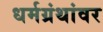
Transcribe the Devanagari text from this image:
धर्मग्रंथांवर